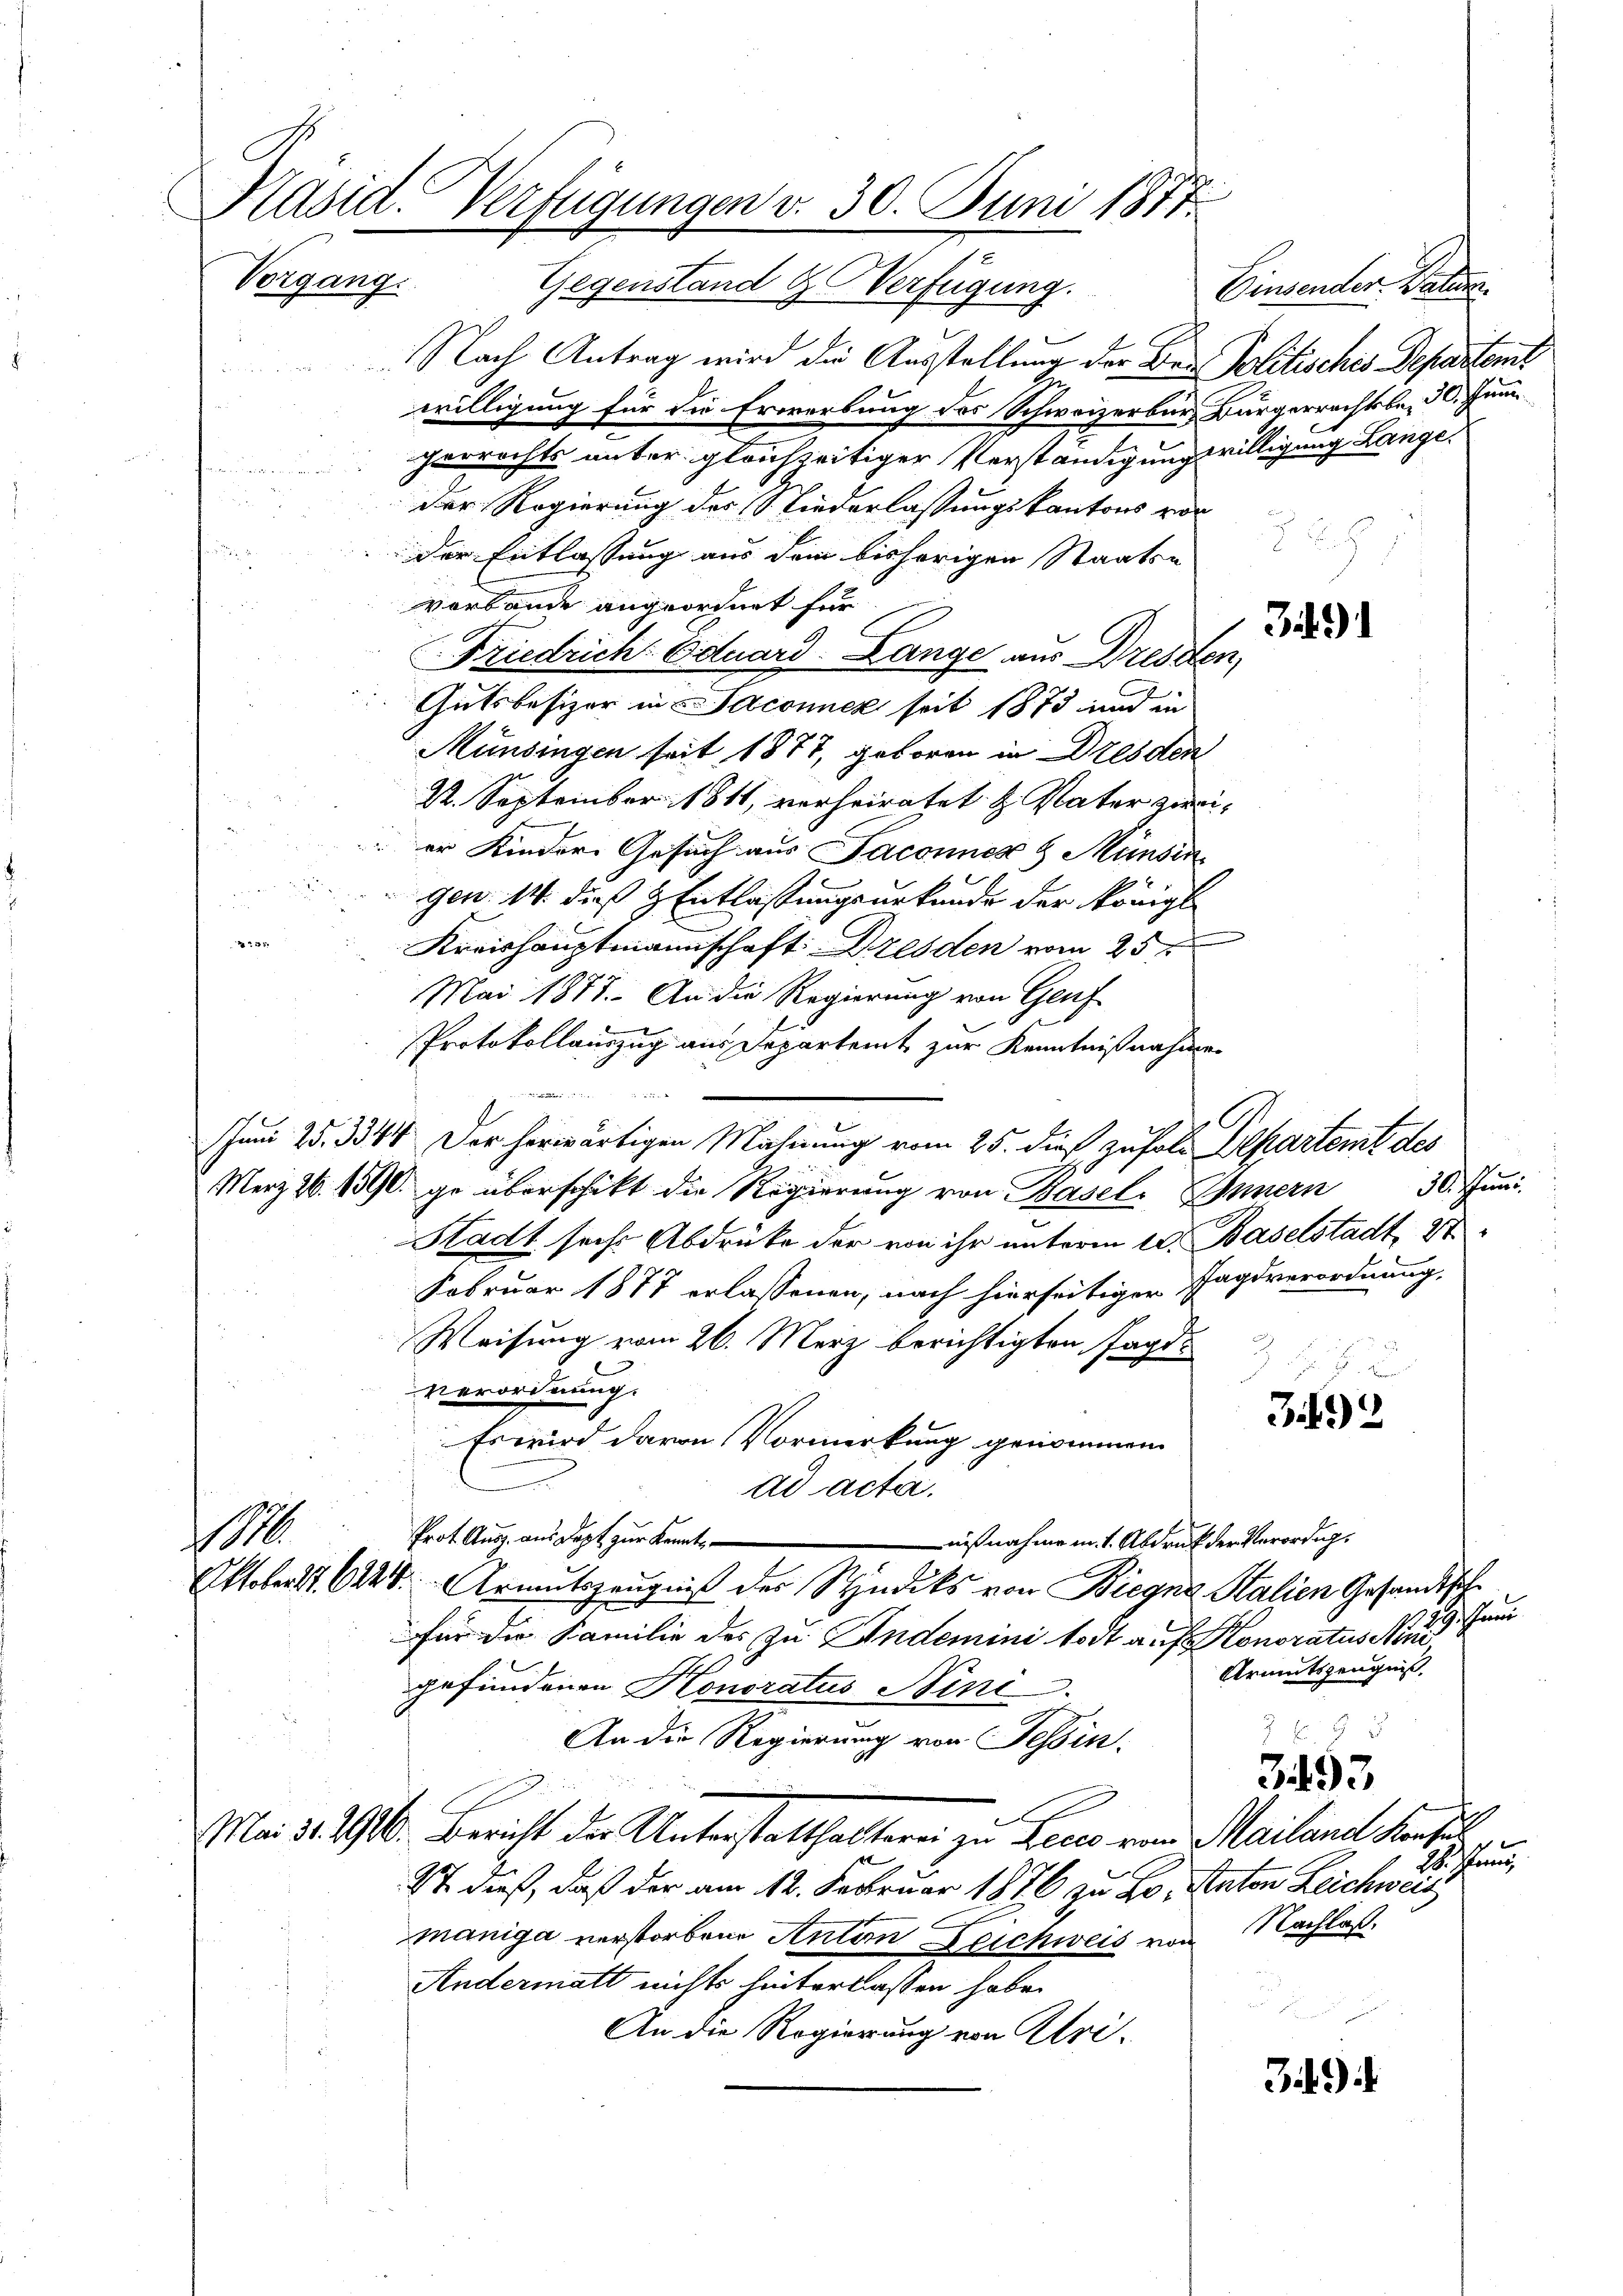
Kasid. Verfügungen v. 30. Juni 1877.
Vergang. Gegenstand & Verfügung. Einsender Vater

I
Nach Antrag wird die Ausstellung der Bei Politisches Departent
willigung für die Erwerbung des Schweizerbürg Bürgerrechtsbe- 30. Juni
gerrechts unter gleichzeitiger Verständigungswilligung Lange¬
Der Regierung des Liederlassungskantons vor
der Entlassung aus dem bisherigen Staatse
vorbände angeordnet für
Friedrich Eduard Lange aus Dresden,
Gutsbesizer in Jaconner seit 1873 und in
Mündingen seit 1877, geboren in Dresden
22. September 1811, verheiratet u. Vater zweier Kindere Gesuch aus Jaconner & Münsin
gen. 14. dieß & Entlassungsurkunde der Königl.
235.
Kreishauptmannschaft Dresden vom 25ten
Mai 1877. An die Regierung von Genf
Protokollauszug aus Departeit zur Kenntnißnahmen
e,
Juni 25. 3344. Der herwärtigen Mahnung vom 25. dieß zufoli Departent des
Merz 26. 1590 ge überschikt die Regierŭng von Basel. Innern 30. Jŭni
Stadt sache Abdrüke der von ihr unterm 10. Baselstadt, 27
Februar 1877 erlassenen, nach hierseitiger Tagsverordnung,
Weisung vom 26. März berichtigten Jagd
.
verordnung.
B) 2
Es wird davon Vormerkung genommen
ad acte.
Prot. Ausz. aus Dept zur Kennt,
0
nißnahme in 1. Abdruck der Verordng¬
Oktober. S. 6244. Armutszeugniß der Stindiks von Biegna Stalien Gesandtsche
9
für die Familie der zu Andemini todt auf Honoratus Nr 9 Juni
Armutszeugniß,
gefundenen Honoratus Nini
 Er
An die Regierung von Tessin.
3493
Mai d. 1910. Bericht der Unterstatthaltern zu Lecs vom Mailand Kaufe
x
St dieß, daß der am 12. Februar 1876 zu Lo. Anton Leichweis
maniga verstorbene Anton Zeichweis von Nachlaß
Andermatt nichts hinterlassen habe.

An die Regierung von Uri-
349)

2)

22

ehrung